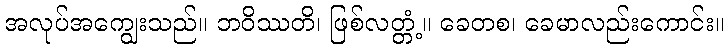
အလုပ်အကျွေးသည်။ ဘဝိဿတိ၊ ဖြစ်လတ္တံ့။ ခေတစ၊ ခေမာလည်းကောင်း။